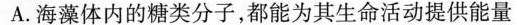
A.海藻体内的糖类分子,都能为其生命活动提供能量